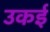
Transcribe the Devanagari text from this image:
उकई